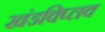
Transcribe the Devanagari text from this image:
खंडविप्लव